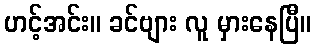
ဟင့်အင်း။ ခင်ဗျား လူ မှားနေပြီ။